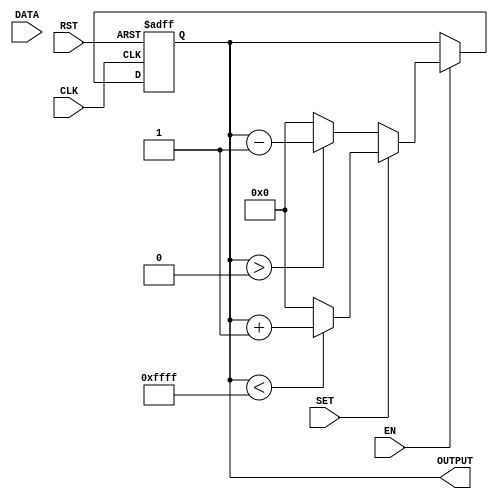
module ADDSUB16(CLK,EN,RST,SET,DATA,OUTPUT);
	input CLK,EN,RST,SET;
	input [15:0] DATA;
	output [15:0] OUTPUT;
	reg [15:0] Q;
	assign OUTPUT = Q;
	always @ (posedge CLK or negedge RST)	begin
		if(!RST)	Q<=15'h0000;
		else begin
			if(EN) begin
				if(SET)	begin
					if(Q<16'hffff)	Q<=Q+1;
					else	Q<=16'h0000;
				end
				else	begin
					if(Q>16'h0000)	Q<=Q-1;
					else	Q<=16'h0000;
				end
			end
			else	Q<=Q;
		end
	end
endmodule